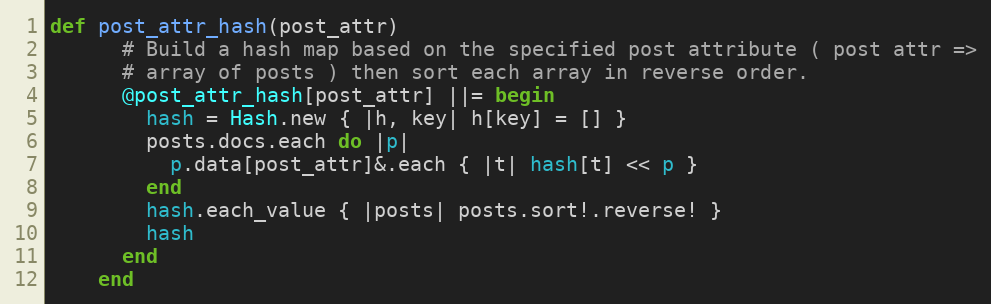
Language: Ruby
def post_attr_hash(post_attr)
      # Build a hash map based on the specified post attribute ( post attr =>
      # array of posts ) then sort each array in reverse order.
      @post_attr_hash[post_attr] ||= begin
        hash = Hash.new { |h, key| h[key] = [] }
        posts.docs.each do |p|
          p.data[post_attr]&.each { |t| hash[t] << p }
        end
        hash.each_value { |posts| posts.sort!.reverse! }
        hash
      end
    end